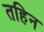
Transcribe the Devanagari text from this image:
तहिन